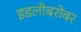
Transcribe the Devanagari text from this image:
इडलीबरोबर